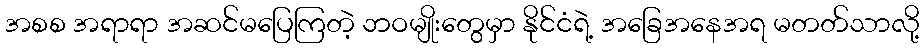
အစစ အရာရာ အဆင်မပြေကြတဲ့ ဘဝမျိုးတွေမှာ နိုင်ငံရဲ့ အခြေအနေအရ မတတ်သာလို့